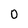
Character: 0